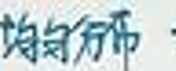
均匀分布